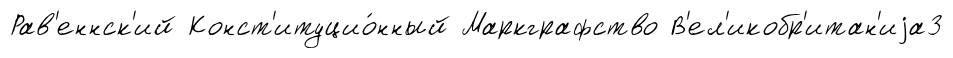
Рав'еннск'ий Конст'итуцио́нный Маркграфство В'ел'икобр'итан'иjа3